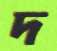
দ